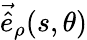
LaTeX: \vec{\hat{e}}_{\rho}(s,\theta)